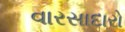
વારસાદારો